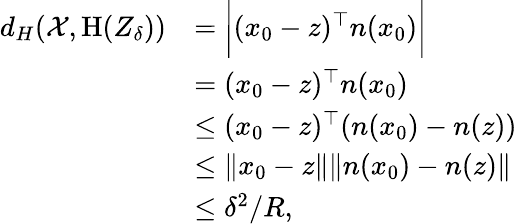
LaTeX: \begin{array}{rl}{d_{H}(\mathcal{X},\textrm{H}(Z_{\delta}))}&{=\bigg|(x_{0}-z)^{\top}n(x_{0})\bigg|}\\ &{=(x_{0}-z)^{\top}n(x_{0})}\\ &{\leq(x_{0}-z)^{\top}(n(x_{0})-n(z))}\\ &{\leq\| x_{0}-z\| \| n(x_{0})-n(z)\| }\\ &{\leq\delta^{2}/R,}\end{array}